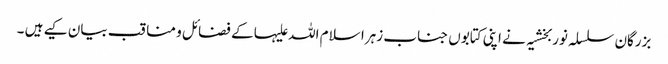
بزرگان سلسلہ نوربخشیہ نے اپنی کتابوں جناب زہرا سلام اللہ علیہا کے فضائل و مناقب بیان کیے ہیں ۔